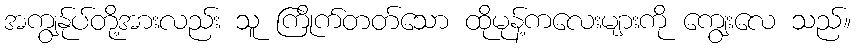
အကျွန်ုပ်တို့အားလည်း သူ ကြိုက်တတ်သော ထိုမုန့်ကလေးများကို ကျွေးလေ သည်။